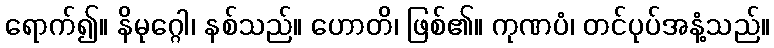
ရောက်၍။ နိမုဂ္ဂေါ၊ နစ်သည်။ ဟောတိ၊ ဖြစ်၏။ ကုဏပံ၊ တင်ပုပ်အနံ့သည်။